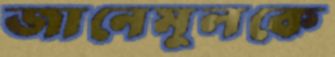
জানেমুলকে